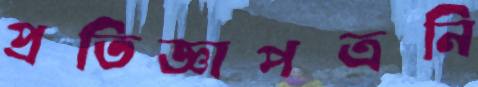
প্রতিজ্ঞাপত্রনি